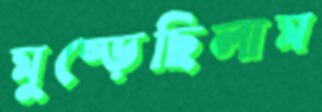
মুষ্‌ড়েছিলাম